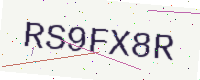
Text: RS9FX8R